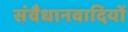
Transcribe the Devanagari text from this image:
संवैधानवादियों